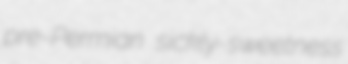
pre-Permian sickly-sweetness